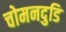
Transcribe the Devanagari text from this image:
चोमनदुडि